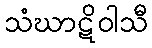
သံဃာဋိဝါသီ